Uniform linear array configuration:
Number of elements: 24
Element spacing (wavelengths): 0.25
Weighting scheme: blackman
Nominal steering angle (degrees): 60
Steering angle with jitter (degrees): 61.542
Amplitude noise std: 0.05
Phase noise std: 0.05

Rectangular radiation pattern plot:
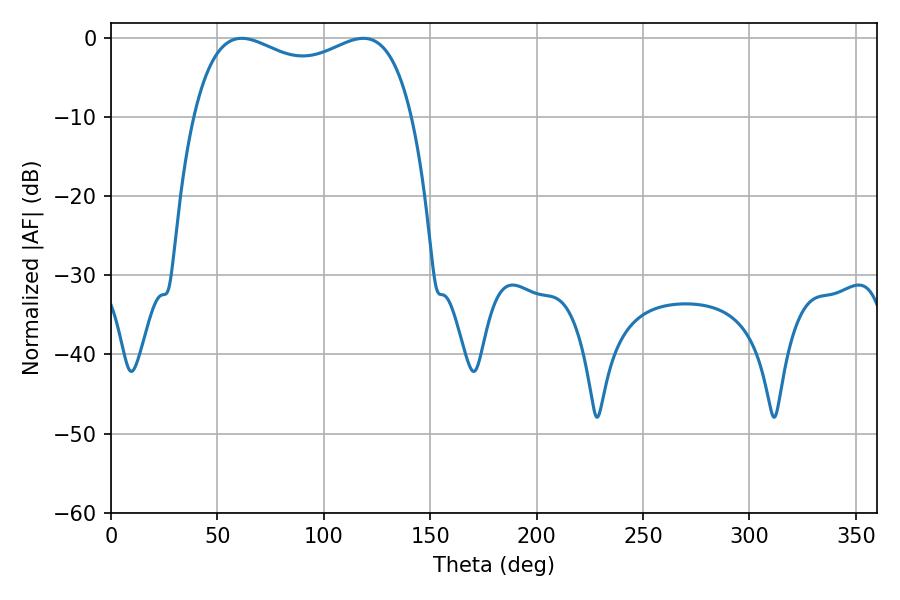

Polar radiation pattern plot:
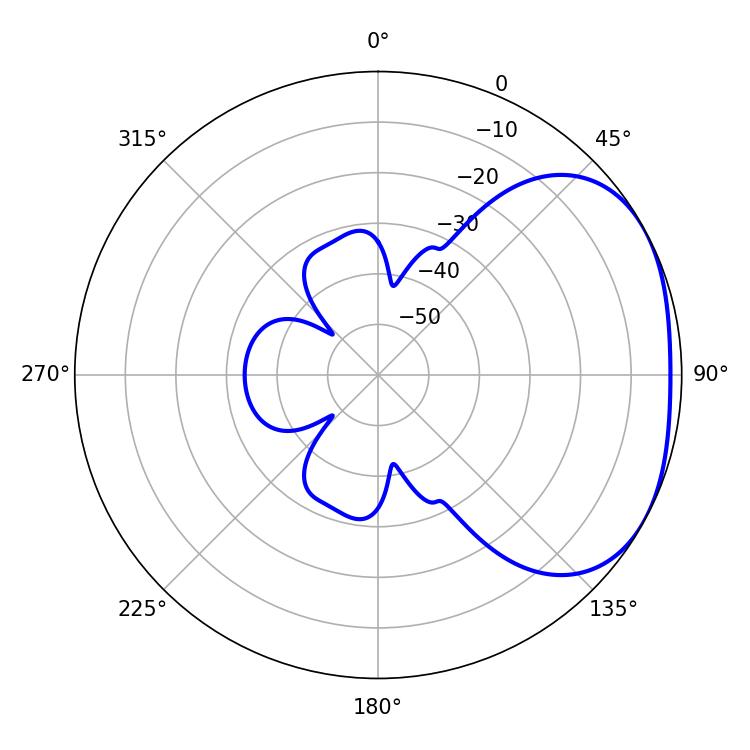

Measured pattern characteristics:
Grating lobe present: FALSE
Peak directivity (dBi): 2.482
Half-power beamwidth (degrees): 84.96
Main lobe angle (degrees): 61.38